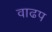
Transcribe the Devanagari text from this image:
वाढप